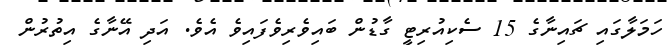
ހަމަލާގައި ޗައިނާގެ 15 ސެކިއުރިޓީ ގާޑުން ބައިވެރިވެފައިވެ އެވެ. އަދި އޭނާގެ އިތުރުން